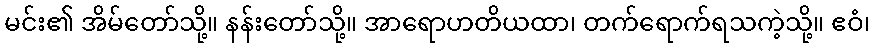
မင်း၏ အိမ်တော်သို့။ နန်းတော်သို့။ အာရောဟတိယထာ၊ တက်ရောက်ရသကဲ့သို့။ ဧဝံ၊